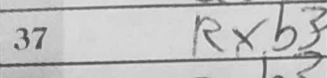
Transcription: Rxb3